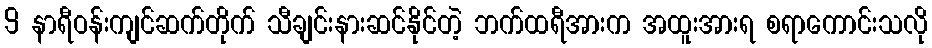
9 နာရီဝန်းကျင်ဆက်တိုက် သီချင်းနားဆင်နိုင်တဲ့ ဘက်ထရီအားက အထူးအားရ စရာကောင်းသလို